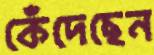
কেঁদেছেন